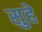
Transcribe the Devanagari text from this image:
सुहे